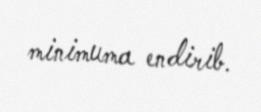
minimuma endirib.